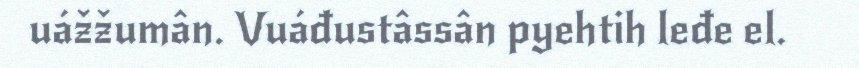
uážžumân. Vuáđustâssân pyehtih leđe el.